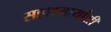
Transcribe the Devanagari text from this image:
सहाध्यायांशी